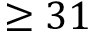
\ge 3 1